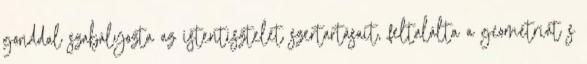
gonddal szabályozta az istentisztelet szertartásait, feltalálta a geometriát s